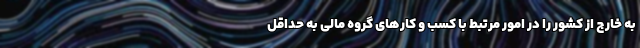
به خارج از کشور را در امور مرتبط با کسب و کارهای گروه مالی به حداقل